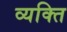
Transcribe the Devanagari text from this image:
व्‍यक्‍ति